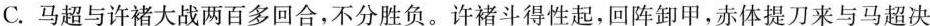
C.马超与许褚大战两百多回合，不分胜负。许褚斗得性起，回阵卸甲，赤体提刀来与马超决